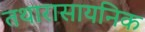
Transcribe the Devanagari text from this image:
तथारासायनिक